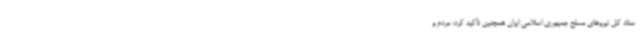
ستاد کل نیروهای مسلح جمهوری اسلامی ایران همچنین تأکید کرد:‌ مردم و